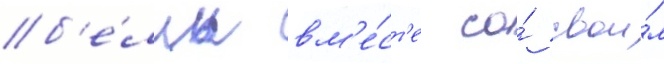
б'е́лль вм'е́ст'е со́ свои́м